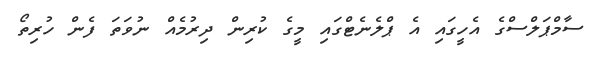
ސާމްޕަލްސްގެ އެހީގައި އެ ޕްލެނެޓްގައި މީގެ ކުރިން ދިރުމެއް ނުވަތަ ފެން ހުރިތޯ